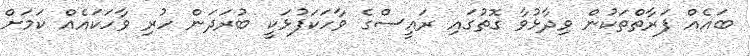
ބައެއް ފަރާތްތަކުން ވިދާޅުވާ ގޮތުގައި ރައީސްގެ ވާހަކަފުޅަކީ ބުރަދަން ހުރި ވާހަކައެއް ކަމަށް